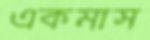
একমাস